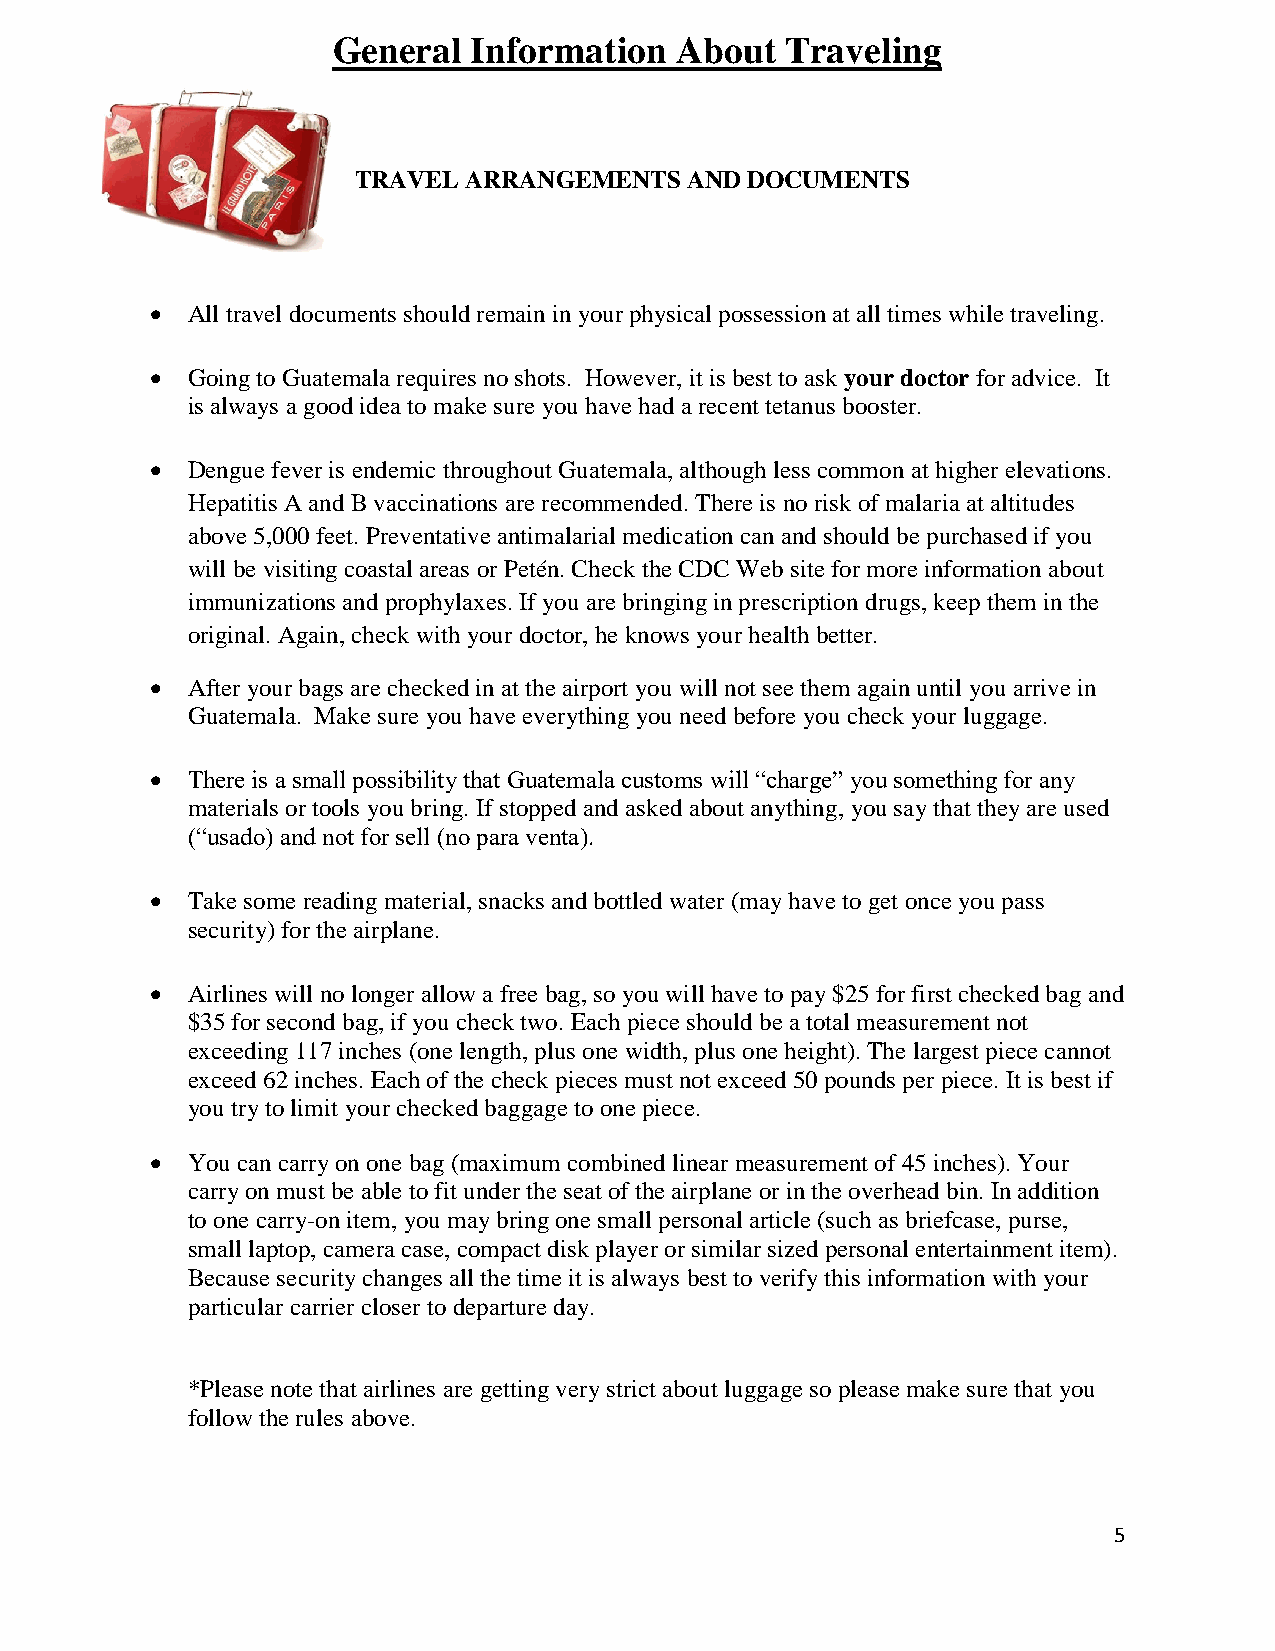
General  Information   About  Traveling
 TRAVEL ARRANGEMENTS  AND DOCUMENTS
  All travel documents should remain in your physical possession at all times while traveling.
  Going to Guatemala requires no shots. However, it is best to ask your doctor for advice. It
 is always a good idea to make sure you have had a recent tetanus booster.
  Dengue fever is endemic throughout Guatemala, although less common at higher elevations.
 Hepatitis A and B vaccinations are recommended. There is no risk of malaria at altitudes
 above 5,000 feet. Preventative antimalarial medication can and should be purchased if you
 will be visiting coastal areas or Petén. Check the CDC Web site for more information about
 immunizations and prophylaxes. If you are bringing in prescription drugs, keep them in the
 original. Again, check with your doctor, he knows your health better.
  After your bags are checked in at the airport you will not see them again until you arrive in
 Guatemala. Make sure you have everything you need before you check your luggage.
  There is a small possibility that Guatemala customs will “charge” you something for any
 materials or tools you bring. If stopped and asked about anything, you say that they are used
 (“usado) and not for sell (no para venta).
  Take some reading material, snacks and bottled water (may have to get once you pass
 security) for the airplane.
  Airlines will no longer allow a free bag, so you will have to pay $25 for first checked bag and
 $35 for second bag, if you check two. Each piece should be a total measurement not
 exceeding 117 inches (one length, plus one width, plus one height). The largest piece cannot
 exceed 62 inches. Each of the check pieces must not exceed 50 pounds per piece. It is best if
 you try to limit your checked baggage to one piece.
  You can carry on one bag (maximum combined linear measurement of 45 inches). Your
 carry on must be able to fit under the seat of the airplane or in the overhead bin. In addition
 to one carry-on item, you may bring one small personal article (such as briefcase, purse,
 small laptop, camera case, compact disk player or similar sized personal entertainment item).
 Because security changes all the time it is always best to verify this information with your
 particular carrier closer to departure day.
 *Please note that airlines are getting very strict about luggage so please make sure that you
 follow the rules above.
 5